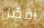
أفضل